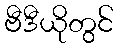
ဗီဒီယိုတွင်